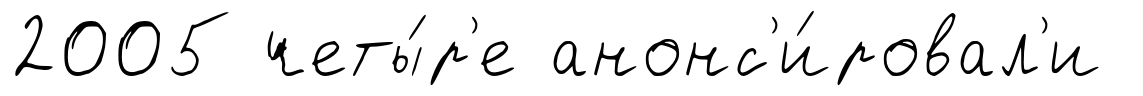
2005 четы́р'е анонс'и́ровал'и